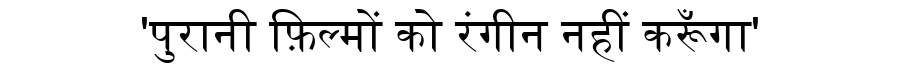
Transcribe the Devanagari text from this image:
'पुरानी फ़िल्मों को रंगीन नहीं करूँगा'